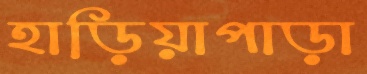
হাড়িয়াপাড়া